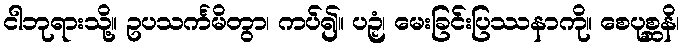
ငါဘုရားသို့။ ဥပသင်္ကမိတွာ၊ ကပ်၍။ ပဉှံ၊ မေးခြင်းပြဿနာကို။ စေပုစ္ဆနိ၊